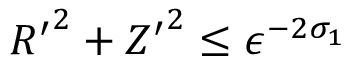
{ R ^ { \prime } } ^ { 2 } + { Z ^ { \prime } } ^ { 2 } \le \epsilon ^ { - 2 \sigma _ { 1 } }